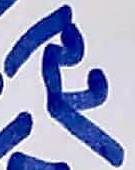
Text: R2